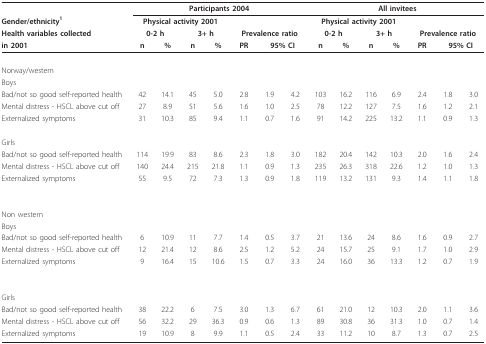
<table><thead><tr><td></td><td colspan="7"><b>Participants 2004</b></td><td colspan="7"><b>All invitees</b></td></tr><tr><td><b>Gender/ethnicity<sup>1</sup></b></td><td colspan="4"><b>Physical activity 2001</b></td><td></td><td></td><td></td><td colspan="4"><b>Physical activity 2001</b></td><td></td><td></td><td></td></tr><tr><td><b>Health variables collected</b></td><td colspan="2"><b>0-2 h</b></td><td colspan="2"><b>3+ h</b></td><td colspan="3"><b>Prevalence ratio</b></td><td colspan="2"><b>0-2 h</b></td><td colspan="2"><b>3+ h</b></td><td colspan="3"><b>Prevalence ratio</b></td></tr><tr><td><b>in 2001</b></td><td><b>n</b></td><td><b>%</b></td><td><b>n</b></td><td><b>%</b></td><td><b>PR</b></td><td colspan="2"><b>95% CI</b></td><td><b>n</b></td><td><b>%</b></td><td><b>n</b></td><td><b>%</b></td><td><b>PR</b></td><td colspan="2"><b>95% CI</b></td></tr></thead><tbody><tr><td>Norway/western</td><td></td><td></td><td></td><td></td><td></td><td></td><td></td><td></td><td></td><td></td><td></td><td></td><td></td><td></td></tr><tr><td>Boys</td><td></td><td></td><td></td><td></td><td></td><td></td><td></td><td></td><td></td><td></td><td></td><td></td><td></td><td></td></tr><tr><td>Bad/not so good self-reported health</td><td>42</td><td>14.1</td><td>45</td><td>5.0</td><td>2.8</td><td>1.9</td><td>4.2</td><td>103</td><td>16.2</td><td>116</td><td>6.9</td><td>2.4</td><td>1.8</td><td>3.0</td></tr><tr><td>Mental distress - HSCL above cut off</td><td>27</td><td>8.9</td><td>51</td><td>5.6</td><td>1.6</td><td>1.0</td><td>2.5</td><td>78</td><td>12.2</td><td>127</td><td>7.5</td><td>1.6</td><td>1.2</td><td>2.1</td></tr><tr><td>Externalized symptoms</td><td>31</td><td>10.3</td><td>85</td><td>9.4</td><td>1.1</td><td>0.7</td><td>1.6</td><td>91</td><td>14.2</td><td>225</td><td>13.2</td><td>1.1</td><td>0.9</td><td>1.3</td></tr><tr><td>Girls</td><td></td><td></td><td></td><td></td><td></td><td></td><td></td><td></td><td></td><td></td><td></td><td></td><td></td><td></td></tr><tr><td>Bad/not so good self-reported health</td><td>114</td><td>19.9</td><td>83</td><td>8.6</td><td>2.3</td><td>1.8</td><td>3.0</td><td>182</td><td>20.4</td><td>142</td><td>10.3</td><td>2.0</td><td>1.6</td><td>2.4</td></tr><tr><td>Mental distress - HSCL above cut off</td><td>140</td><td>24.4</td><td>215</td><td>21.8</td><td>1.1</td><td>0.9</td><td>1.3</td><td>235</td><td>26.3</td><td>318</td><td>22.6</td><td>1.2</td><td>1.0</td><td>1.3</td></tr><tr><td>Externalized symptoms</td><td>55</td><td>9.5</td><td>72</td><td>7.3</td><td>1.3</td><td>0.9</td><td>1.8</td><td>119</td><td>13.2</td><td>131</td><td>9.3</td><td>1.4</td><td>1.1</td><td>1.8</td></tr><tr><td>Non western</td><td></td><td></td><td></td><td></td><td></td><td></td><td></td><td></td><td></td><td></td><td></td><td></td><td></td><td></td></tr><tr><td>Boys</td><td></td><td></td><td></td><td></td><td></td><td></td><td></td><td></td><td></td><td></td><td></td><td></td><td></td><td></td></tr><tr><td>Bad/not so good self-reported health</td><td>6</td><td>10.9</td><td>11</td><td>7.7</td><td>1.4</td><td>0.5</td><td>3.7</td><td>21</td><td>13.6</td><td>24</td><td>8.6</td><td>1.6</td><td>0.9</td><td>2.7</td></tr><tr><td>Mental distress - HSCL above cut off</td><td>12</td><td>21.4</td><td>12</td><td>8.6</td><td>2.5</td><td>1.2</td><td>5.2</td><td>24</td><td>15.7</td><td>25</td><td>9.1</td><td>1.7</td><td>1.0</td><td>2.9</td></tr><tr><td>Externalized symptoms</td><td>9</td><td>16.4</td><td>15</td><td>10.6</td><td>1.5</td><td>0.7</td><td>3.3</td><td>24</td><td>16.0</td><td>36</td><td>13.3</td><td>1.2</td><td>0.7</td><td>1.9</td></tr><tr><td>Girls</td><td></td><td></td><td></td><td></td><td></td><td></td><td></td><td></td><td></td><td></td><td></td><td></td><td></td><td></td></tr><tr><td>Bad/not so good self-reported health</td><td>38</td><td>22.2</td><td>6</td><td>7.5</td><td>3.0</td><td>1.3</td><td>6.7</td><td>61</td><td>21.0</td><td>12</td><td>10.3</td><td>2.0</td><td>1.1</td><td>3.6</td></tr><tr><td>Mental distress - HSCL above cut off</td><td>56</td><td>32.2</td><td>29</td><td>36.3</td><td>0.9</td><td>0.6</td><td>1.3</td><td>89</td><td>30.8</td><td>36</td><td>31.3</td><td>1.0</td><td>0.7</td><td>1.4</td></tr><tr><td>Externalized symptoms</td><td>19</td><td>10.9</td><td>8</td><td>9.9</td><td>1.1</td><td>0.5</td><td>2.4</td><td>33</td><td>11.2</td><td>10</td><td>8.7</td><td>1.3</td><td>0.7</td><td>2.5</td></tr></tbody></table>